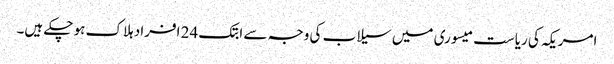
امریکہ کی ریاست میسوری میں سیلاب کی وجہ سے ابتک 24 افراد ہلاک ہو چکے ہیں۔